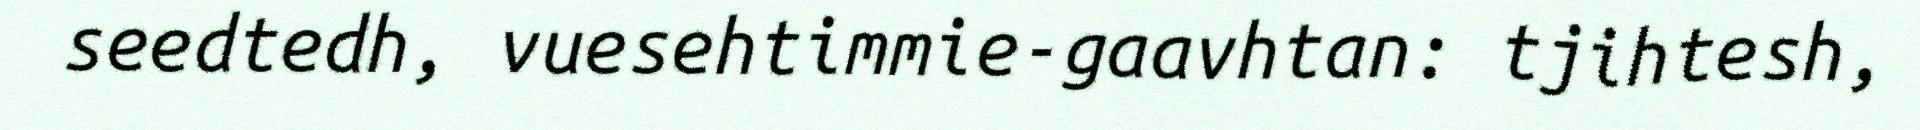
seedtedh, vuesehtimmie-gaavhtan: tjihtesh,